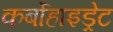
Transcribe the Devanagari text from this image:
कर्बोहाइड्रेट